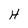
Character: H